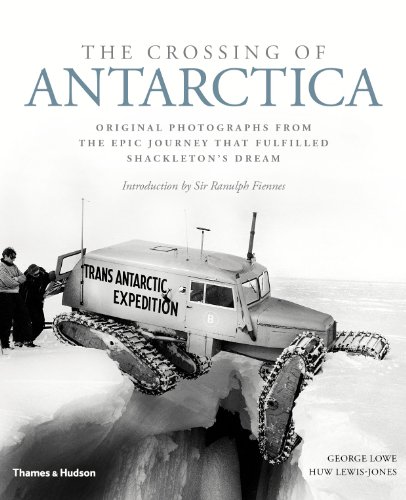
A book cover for The Crossing of Antarctica: Original Photographs from the Epic Journey That Fulfilled Shackleton's Dream; George Lowe; Arts & Photography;